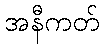
အနီကတ်